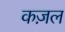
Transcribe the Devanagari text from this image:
कज़ल